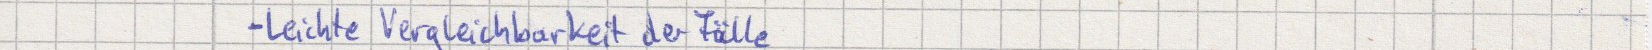
- Leichte Vergleichbarkeit der Fälle